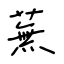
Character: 蕪